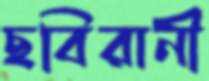
ছবিরানী